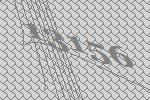
13156